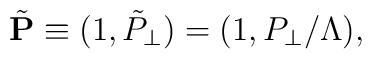
\tilde{\bf P} \equiv (1,\tilde{P}_\perp)  = (1,P_\perp / \Lambda),